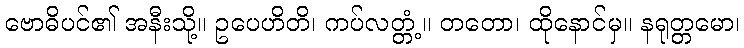
ဗောဓိပင်၏ အနီးသို့။ ဥပေဟိတိ၊ ကပ်လတ္တံ့။ တတော၊ ထိုနောင်မှ။ နရုတ္တမော၊